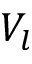
V _ { l }